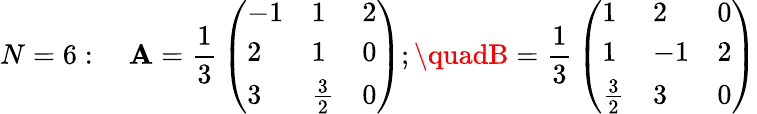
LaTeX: N=6:\quad\mathbf{A}={\frac{{1}}{{3}}}\left(\begin{array}{lll}{{-1}}&{{1}}&{{2}}\\ {{2}}&{{1}}&{{0}}\\ {{3}}&{{{\frac{3}{2}}}}&{{0}}\end{array}\right);\quadB={\frac{{1}}{{3}}}\left(\begin{array}{lll}{{1}}&{{2}}&{{0}}\\ {{1}}&{{-1}}&{{2}}\\ {{{\frac{3}{2}}}}&{{3}}&{{0}}\end{array}\right)